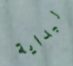
لبداية